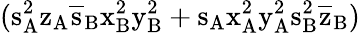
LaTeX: (\mathrm{s_{A}^{2}\mathrm{z_{A}\mathrm{\overline{{s}}_{B}\mathrm{x_{B}^{2}\mathrm{y_{B}^{2}+\mathrm{s_{A}\mathrm{x_{A}^{2}\mathrm{y_{A}^{2}\mathrm{s_{B}^{2}\mathrm{\overline{{z}}_{B})}}}}}}}}}}